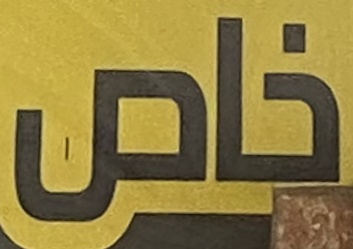
للعوائیل